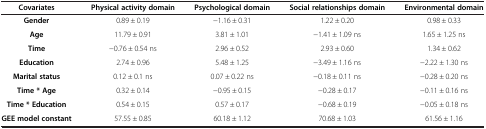
<table><thead><tr><td><b>Covariates</b></td><td><b>Physical activity domain</b></td><td><b>Psychological domain</b></td><td><b>Social relationships domain</b></td><td><b>Environmental domain</b></td></tr></thead><tbody><tr><td><b>Gender</b></td><td>0.89 ± 0.19</td><td>−1.16 ± 0.31</td><td>1.22 ± 0.20</td><td>0.98 ± 0.33</td></tr><tr><td><b>Age</b></td><td>11.79 ± 0.91</td><td>3.81 ± 1.01</td><td>−1.41 ± 1.09 ns</td><td>1.65 ± 1.25 ns</td></tr><tr><td><b>Time</b></td><td>−0.76 ± 0.54 ns</td><td>2.96 ± 0.52</td><td>2.93 ± 0.60</td><td>1.34 ± 0.62</td></tr><tr><td><b>Education</b></td><td>2.74 ± 0.96</td><td>5.48 ± 1.25</td><td>−3.49 ± 1.16 ns</td><td>−2.22 ± 1.30 ns</td></tr><tr><td><b>Marital status</b></td><td>0.12 ± 0.1 ns</td><td>0.07 ± 0.22 ns</td><td>−0.18 ± 0.11 ns</td><td>−0.28 ± 0.20 ns</td></tr><tr><td><b>Time * Age</b></td><td>0.32 ± 0.14</td><td>−0.95 ± 0.15</td><td>−0.28 ± 0.17</td><td>−0.11 ± 0.16 ns</td></tr><tr><td><b>Time * Education</b></td><td>0.54 ± 0.15</td><td>0.57 ± 0.17</td><td>−0.68 ± 0.19</td><td>−0.05 ± 0.18 ns</td></tr><tr><td><b>GEE model constant</b></td><td>57.55 ± 0.85</td><td>60.18 ± 1.12</td><td>70.68 ± 1.03</td><td>61.56 ± 1.16</td></tr></tbody></table>